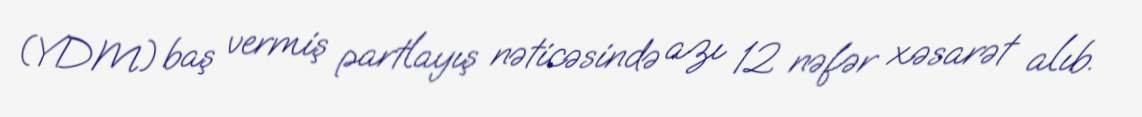
(YDM) baş vermiş partlayış nəticəsində azı 12 nəfər xəsarət alıb.